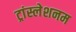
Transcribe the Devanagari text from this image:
ट्रांस्लेशनम